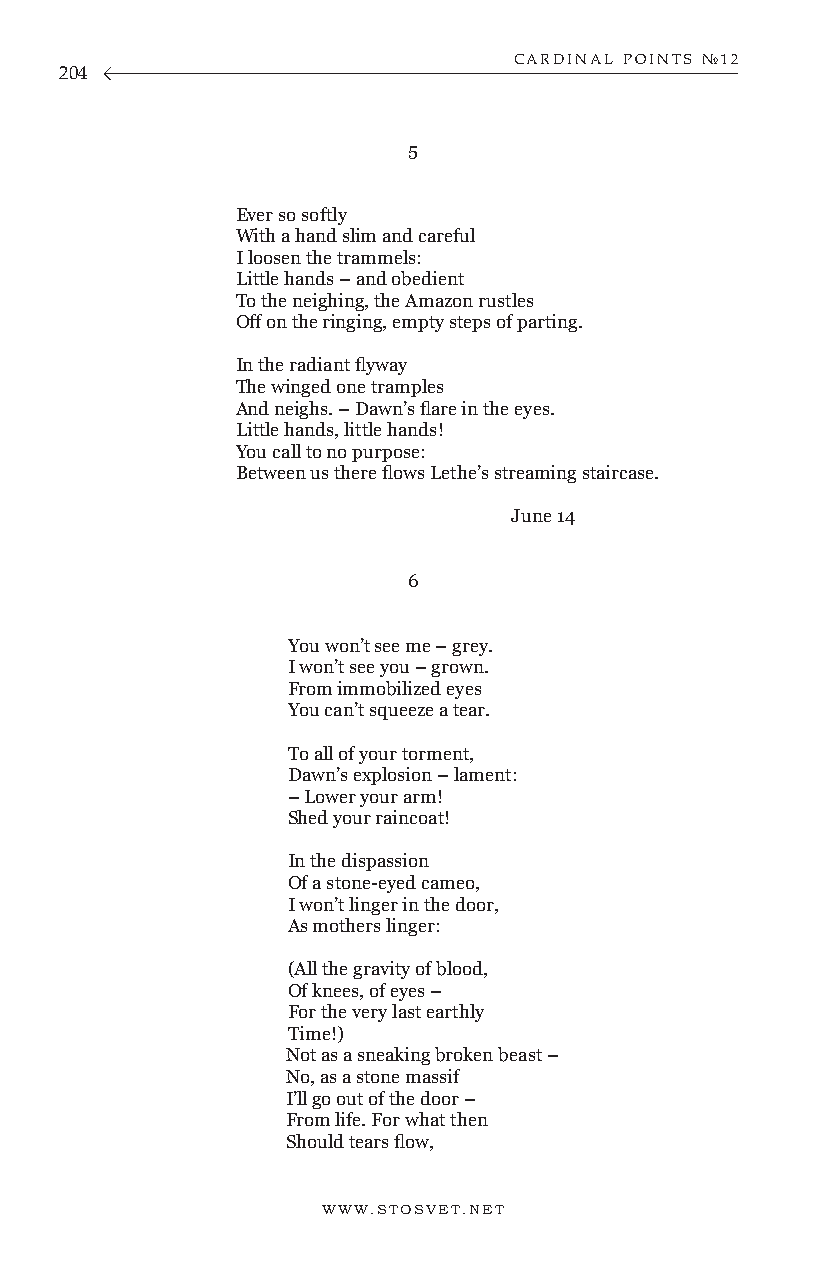
CARDINAL POINTS №12
 204
 5
 Ever so softly
 With a hand slim and careful
 I loosen the trammels:
 Little hands – and obedient
 To the neighing, the Amazon rustles
 Off on the ringing, empty steps of parting.
 In the radiant flyway
 The winged one tramples
 And neighs. – Dawn’s flare in the eyes.
 Little hands, little hands!
 You call to no purpose:
 Between us there flows Lethe’s streaming staircase.
 June 14
 6
 You won’t see me – grey.
 I won’t see you – grown.
 From immobilized eyes
 You can’t squeeze a tear.
 To all of your torment,
 Dawn’s explosion – lament:
 – Lower your arm!
 Shed your raincoat!
 In the dispassion
 Of a stone-eyed cameo,
 I won’t linger in the door,
 As mothers linger:
 (All the gravity of blood,
 Of knees, of eyes –
 For the very last earthly
 Time!)
 Not as a sneaking broken beast –
 No, as a stone massif
 I’ll go out of the door –
 From life. For what then
 Should tears flow,
 WWW.STOSVET.NET                                        WWW.STOSVET.NET